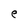
Character: l